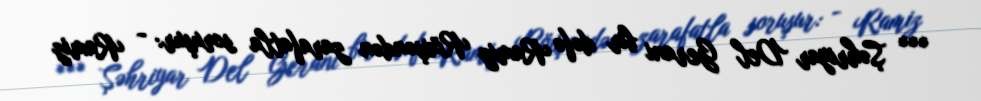
*** Şəhriyar Del Gerani bir dəfə Ramiz Rövşəndən zarafatla soruşur: - Ramiz